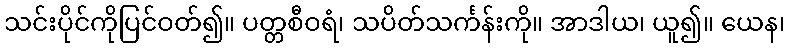
သင်းပိုင်ကိုပြင်ဝတ်၍။ ပတ္တစီဝရံ၊ သပိတ်သင်္ကန်းကို။ အာဒါယ၊ ယူ၍။ ယေန၊